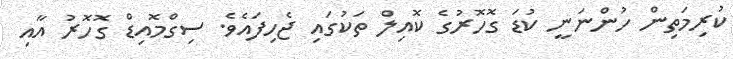
ކުރިމަތިން ހުންނަނީ ކުޑަ ގޮހޮރުގެ ކޮއިލް ތަކުގައި ޖެހިފައެވެ. ސިގްމޮއިޑް ގޮހޮރު އާއި